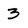
Character: 3